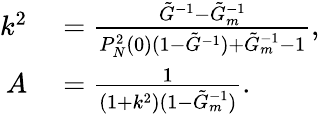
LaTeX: \begin{array}{rl}{k^{2}}&{{}=\frac{\tilde{G}^{-1}-\tilde{G}_{m}^{-1}}{P_{N}^{2}(0)(1-\tilde{G}^{-1})+\tilde{G}_{m}^{-1}-1},}\\ {A}&{{}=\frac{1}{(1+k^{2})(1-\tilde{G}_{m}^{-1})}.}\end{array}